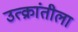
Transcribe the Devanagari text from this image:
उत्क्रांतीला